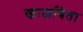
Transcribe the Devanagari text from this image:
खाजविता